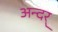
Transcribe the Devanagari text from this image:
अन्दर्